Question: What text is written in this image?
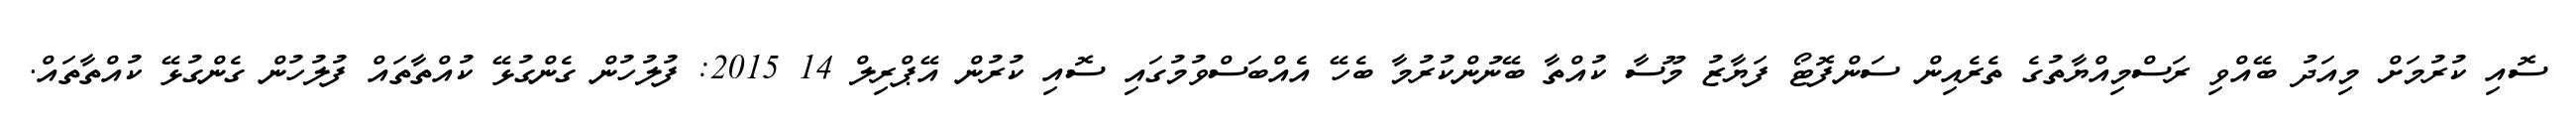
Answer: ސޮއި ކުރުމަށް މިއަދު ބޭއްވި ރަސްމިއްޔާތުގެ ތެރެއިން ސަންފޮޓޯ ފަޔާޒު މޫސާ ކުއްތާ ބޭނުންކުރުމާ ބެހޭ އެއްބަސްވުމުގައި ސޮއި ކުރުން އޭޕްރިލް 14 2015: ފުލުހުން ގެންގުޅޭ ކުއްތާތައް ފުލުހުން ގެންގުޅޭ ކުއްތާތައް.